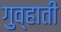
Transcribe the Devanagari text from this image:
गुव्हाती